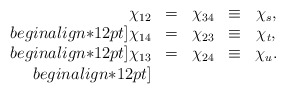
\begin{align*}\begin{array}{rclrcl} \chi_{12}&=&\chi_{34}&\equiv&\chi_s,\\begin{align*}12pt] \chi_{14}&=&\chi_{23}&\equiv&\chi_t,\\begin{align*}12pt] \chi_{13}&=&\chi_{24}&\equiv&\chi_u.\\begin{align*}12pt] \end{array} \end{align*}